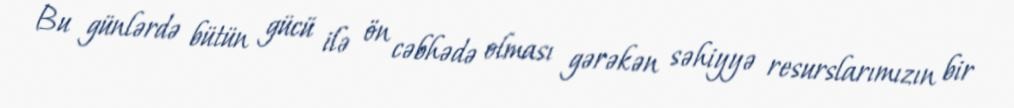
Bu günlərdə bütün gücü ilə ön cəbhədə olması gərəkən səhiyyə resurslarımızın bir